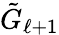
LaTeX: \tilde{G}_{\ell+1}